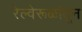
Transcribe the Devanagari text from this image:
रेल्वेरूळांतून